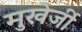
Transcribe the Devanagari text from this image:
मुखेर्जी